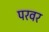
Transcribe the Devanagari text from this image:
परवर